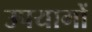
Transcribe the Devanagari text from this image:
उपयागों